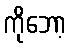
ကိုဘော့